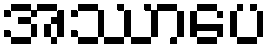
အဿာပေ